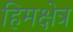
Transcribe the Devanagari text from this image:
हिमक्षेत्र